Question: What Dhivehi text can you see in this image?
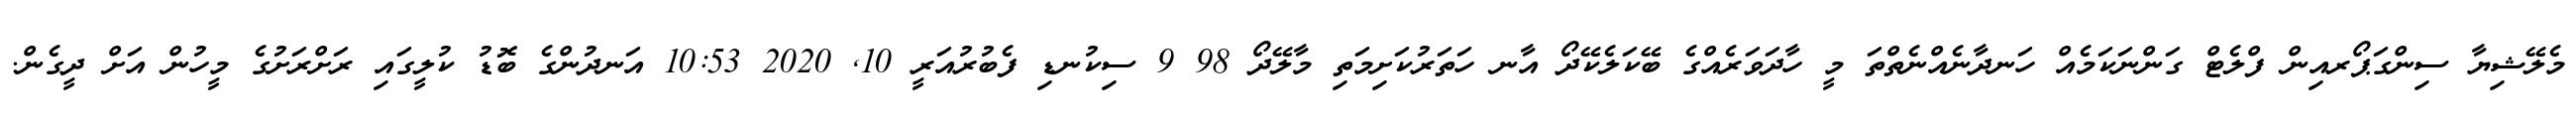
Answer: މެލޭޝިޔާ ސިންގަޕޯރއިން ފްލެޓް ގަންނަކަމެއް ހަނދާނެއްނެތްތަ މީ ހާދަވަރެއްގެ ބޭކަލެކޭދޯ އާނ ހަތަރުކަށިމަތި މާލޭދޯ 98 9 ސިކުނޑި ފެބުރުއަރީ 10, 2020 10:53 އަނދުންގެ ބޮޑު ކުލީގައި ރަށްރަށުގެ މީހުން އަށް ދީގެން.